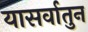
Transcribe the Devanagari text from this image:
यासर्वातुन